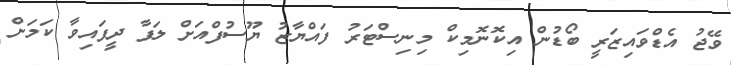
ވޭޖު އެޑްވައިޒަރީ ބޯޑުން އިކޮނޮމިކް މިނިސްޓަރު ފައްޔާޒު ޔޫސުފްއަށް ލަފާ ދީފައިވާ ކަމަށް